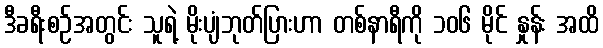
ဒီခရီးစဉ်အတွင်း သူရဲ့ မိုးပျံဘုတ်ပြားဟာ တစ်နာရီကို ၁၀၆ မိုင် နှုန်း အထိ